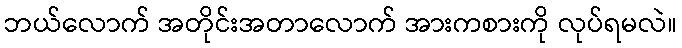
ဘယ်လောက် အတိုင်းအတာလောက် အားကစားကို လုပ်ရမလဲ။